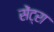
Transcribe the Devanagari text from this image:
सेंट्रा